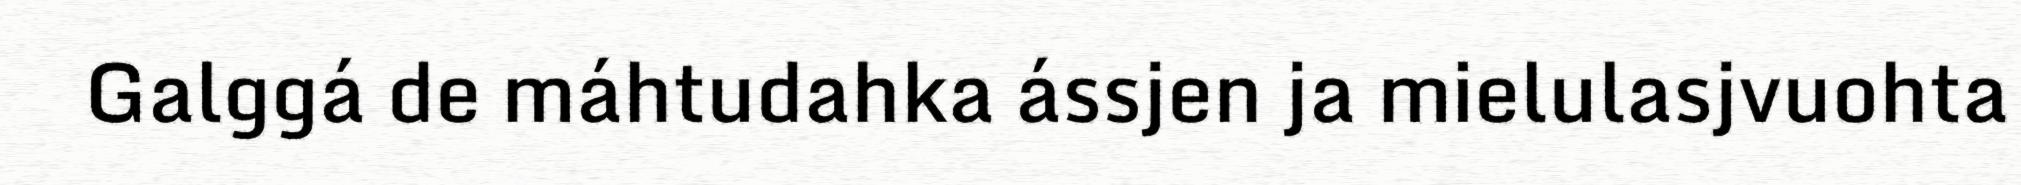
Galggá de máhtudahka ássjen ja mielulasjvuohta